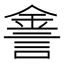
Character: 𨧕